Report of the veterinary officer investigating camel disease
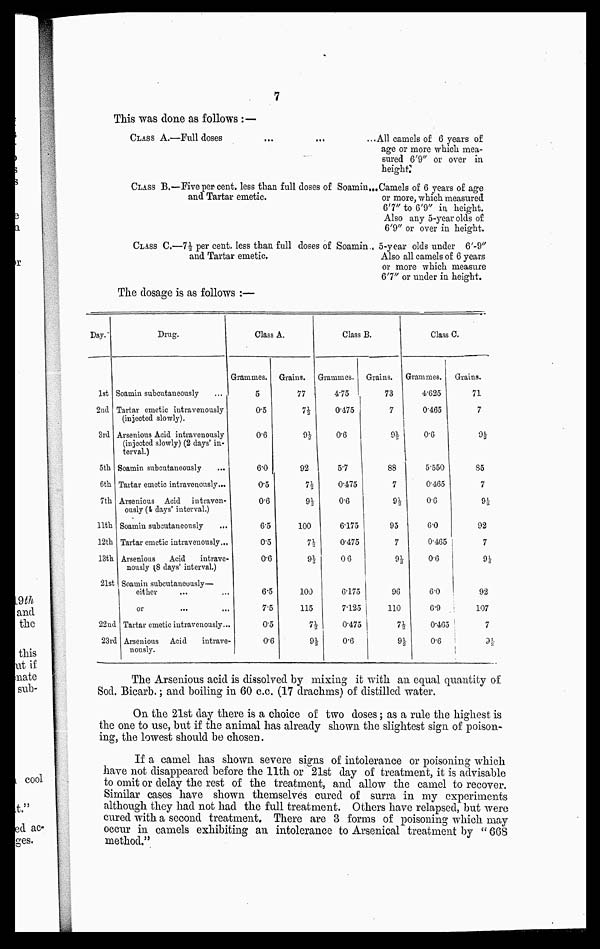
7
The dosage is as follows :—
Day.
1st
2nd
3rd
5th
6th
7th
11th
12th
13th
21st
22nd
23rd
Drug.
1
Soamin subcutaneously
...
Tartar emetic intravenously
(injected slowly).
Arsenious Acid intravenously
(injected slowly) (2 days' in-
terval.)
Soamin subcutaneously
Tartar emetic intravenously...
Arsenious Acid intraven-
ously ( days' interval.)
Soamin subcutaneously
...
Tartar emetic intravenously...
Arsenious
Acid
intrave-
nously (8 days' interval.)
Soamin subcutaneously—
either
or
Tartar emetic intravenously...
. Arsenious Acid
intrave-
nously.
Class A.
Grammes.
5
0.5
0.6
6.0
0.5
0.6
6.5
0.5
0.6
6.5
7.5
0.5
06
Grains.
77
7½
9½
92
7½
9½
100
7½
9½
100
115
7½
9½
Class B.
Grammes.
4.75
0.475
0.6
5.7
0.475
0.6
6.175
0.475
06
6.175
7.125
0.475
0.6
Grains.
73
7
9½
88
7
9½
95
7
9½
96
110
7½
9½
Class C.
Grammes.
4.625
0465
0.6
5.550
0.465
0.6
6.0
0.465
06
6.0
0.9
0.465
0.6
Grains.
71
7
85
7
9½
92
7
9½
92
107
7
The Arsenious acid is dissolved by mixing it with an equal quantity of
Sod. Bicarb.; and boiling in 60 c.c. (17 drachms) of distilled water.
On the 21st day there is a choice of two doses ; as a rule the highest is
the one to use, but if the animal has already shown the slightest sign of poison-
ing, the lowest should bo chosen.
If a camel has shown severe signs of intolerance or poisoning which
have not disappeared before the 11th or 21st day of treatment, it is advisable
to omit or delay the rest of the treatment, and allow the camel to recover.
Similar cases have shown themselves cured of surra in my experiments
although they had not had the full treatment. Others have relapsed, but were
cured with a second treatment. There are 3 forms of poisoning which may
occur in camels exhibiting an intolerance to Arsenical treatment by " 668
method."
This was done as follows :—
CLASS A.—
CLASS B.—
CLASS C.—
—Full doses
—Five per cent, less than full doses of Soamin
and Tartar emetic.
—7½ per cent. less than full doses of Soamin
and Tartar emetic,
All camels of 6 years of
age or more which mea-
sured 6'9" or over in
height
Camels of 6 years of age
or more, which measured
6'7"to 6'9" in. height.
Also any 5-year olds of
6'9" or over in height.
5-year olds under 6'-9"
Also all camels of 6 years
or more which measure
6'7" or under in height.